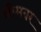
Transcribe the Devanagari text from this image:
थीमवर